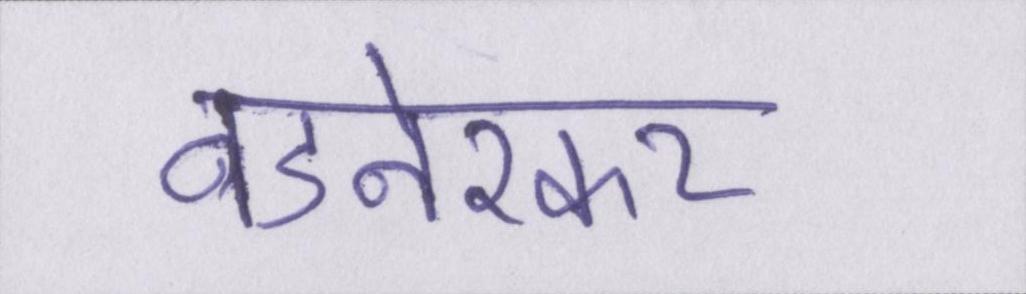
वडनेरकर